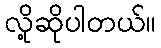
လို့ဆိုပါတယ်။